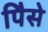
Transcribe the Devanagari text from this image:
पैिसे